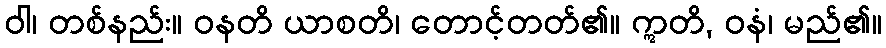
ဝါ၊ တစ်နည်း။ ဝနတိ ယာစတိ၊ တောင့်တတ်၏။ ဣတိ, ဝနံ၊ မည်၏။